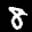
Label: 8